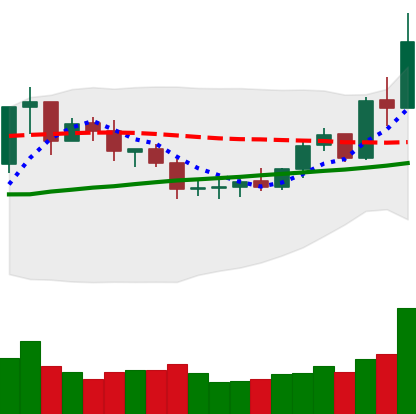
Ticker: ETC-USD
Chart end date: 2020-07-27
Forward return: 9.912%
Label: up_7plus